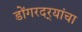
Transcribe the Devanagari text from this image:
डोंगरदर्‍यांचा